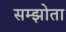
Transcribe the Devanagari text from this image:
सम्झोता